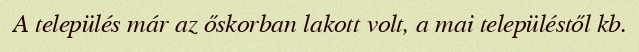
A település már az őskorban lakott volt, a mai településtől kb.